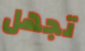
تجهل